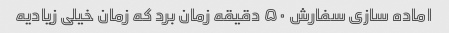
اماده سازی سفارش ۵۰ دقیقه زمان برد که زمان خیلی زیادیه